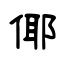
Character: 倻